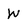
Character: W